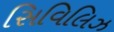
સિવિલિઝ